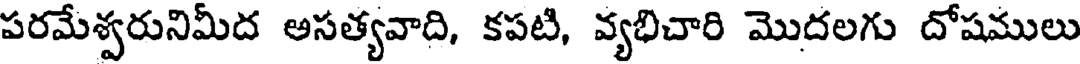
పరమేశ్వరునిమీద అసత్యవాది, కపటి, వ్యభిచారి మొదలగు దోషములు